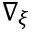
\nabla _ { \xi }